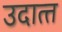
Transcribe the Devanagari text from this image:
उदात्‍त